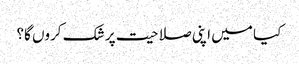
کیا میں اپنی صلاحیت پر شک کروں گا؟